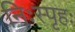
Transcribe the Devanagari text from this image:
निःस्पृहः